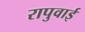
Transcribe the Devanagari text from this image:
रापुवाई